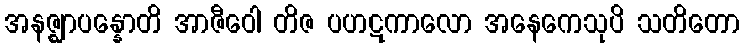
အနဇ္ဈာပန္နောတိ အာဇီဝေါ တိဇ ပဟဋကာလော အနေကေသုပိ သတိတော